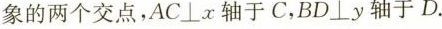
象的两个交点，AC \bot x轴于C，BD \bot y轴于D.